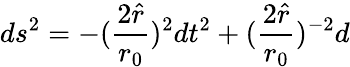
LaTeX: ds^{2}=-({\frac{2\hat{r}}{r_{0}}})^{2}dt^{2}+({\frac{2\hat{r}}{r_{0}}})^{-2}d